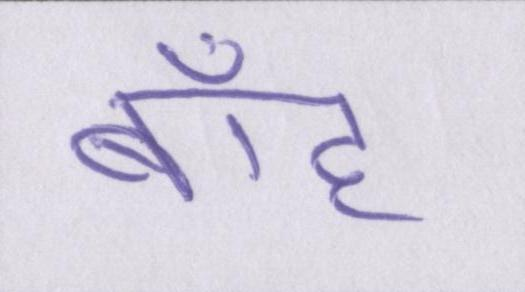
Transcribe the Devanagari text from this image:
बाँह